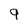
Character: 9